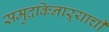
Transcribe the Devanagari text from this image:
समुद्रकिनाऱ्याची